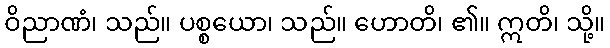
ဝိညာဏံ၊ သည်။ ပစ္စယော၊ သည်။ ဟောတိ၊ ၏။ ဣတိ၊ သို့။